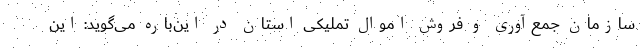
سازمان جمع‌آوری و فروش اموال تملیکی استان در این‌باره می‌گوید: این